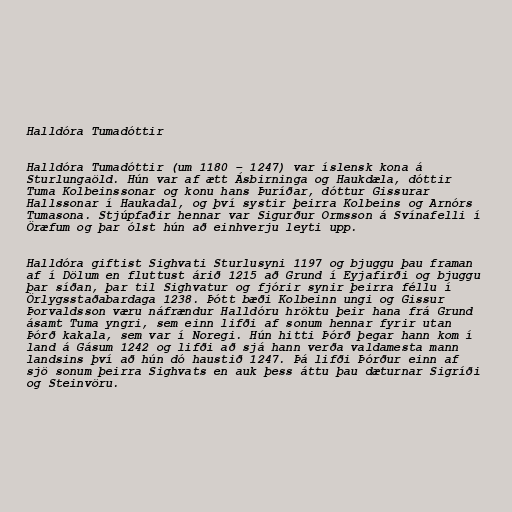
Halldóra Tumadóttir

Halldóra Tumadóttir (um 1180 – 1247) var íslensk kona á
Sturlungaöld. Hún var af ætt Ásbirninga og Haukdæla, dóttir
Tuma Kolbeinssonar og konu hans Þuríðar, dóttur Gissurar
Hallssonar í Haukadal, og því systir þeirra Kolbeins og Arnórs
Tumasona. Stjúpfaðir hennar var Sigurður Ormsson á Svínafelli í
Öræfum og þar ólst hún að einhverju leyti upp.

Halldóra giftist Sighvati Sturlusyni 1197 og bjuggu þau framan
af í Dölum en fluttust árið 1215 að Grund í Eyjafirði og bjuggu
þar síðan, þar til Sighvatur og fjórir synir þeirra féllu í
Örlygsstaðabardaga 1238. Þótt bæði Kolbeinn ungi og Gissur
Þorvaldsson væru náfrændur Halldóru hröktu þeir hana frá Grund
ásamt Tuma yngri, sem einn lifði af sonum hennar fyrir utan
Þórð kakala, sem var í Noregi. Hún hitti Þórð þegar hann kom í
land á Gásum 1242 og lifði að sjá hann verða valdamesta mann
landsins því að hún dó haustið 1247. Þá lifði Þórður einn af
sjö sonum þeirra Sighvats en auk þess áttu þau dæturnar Sigríði
og Steinvöru.